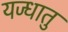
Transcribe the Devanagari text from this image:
यज्धातु